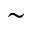
\sim